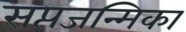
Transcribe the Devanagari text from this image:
सप्तजन्मिका